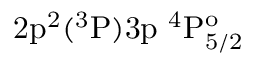
\mathrm { 2 p ^ { 2 } ( ^ { 3 } P ) 3 p ~ ^ { 4 } P _ { 5 / 2 } ^ { o } }